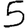
Digit: 5